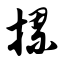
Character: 摞